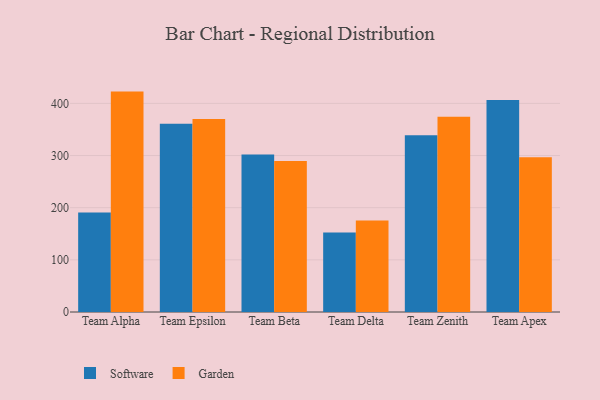
{"axis": {"x": "Team", "y": "Market Share (%)"}, "legend": ["Garden", "Software"], "data": [{"x": "Team Alpha", "y": 190.9, "type": "Software"}, {"x": "Team Alpha", "y": 422.6, "type": "Garden"}, {"x": "Team Epsilon", "y": 361.0, "type": "Software"}, {"x": "Team Epsilon", "y": 370.3, "type": "Garden"}, {"x": "Team Beta", "y": 302.1, "type": "Software"}, {"x": "Team Beta", "y": 289.7, "type": "Garden"}, {"x": "Team Delta", "y": 152.5, "type": "Software"}, {"x": "Team Delta", "y": 175.5, "type": "Garden"}, {"x": "Team Zenith", "y": 339.0, "type": "Software"}, {"x": "Team Zenith", "y": 374.6, "type": "Garden"}, {"x": "Team Apex", "y": 406.3, "type": "Software"}, {"x": "Team Apex", "y": 296.5, "type": "Garden"}]}